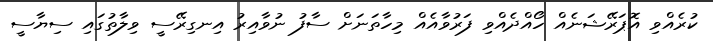
ކުރެއްވި އޮޕަރޭޝަނެއް ހޯއްދެއްވި ފަރުވާއެއް މިހާތަނަށް ސާފު ނުވާއިރު އިނގިރޭސީ ވިލާތުގައި ސިޔާސީ